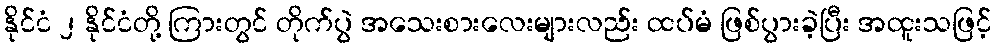
နိုင်ငံ ၂ နိုင်ငံတို့ ကြားတွင် တိုက်ပွဲ အသေးစားလေးများလည်း ထပ်မံ ဖြစ်ပွားခဲ့ပြီး အထူးသဖြင့်